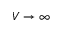
V \to \infty